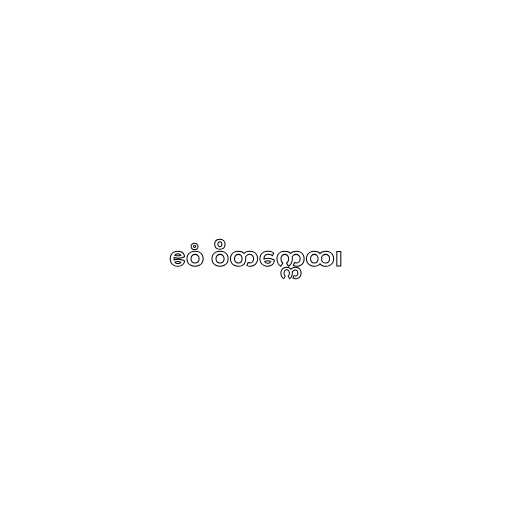
ဧဝံ ဝိတက္ကေထ၊